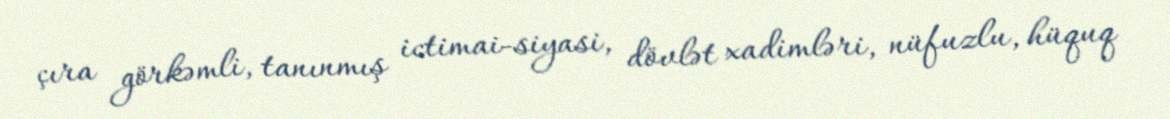
çıra görkəmli, tanınmış ictimai-siyasi, dövlət xadimləri, nüfuzlu, hüquq